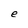
Character: e